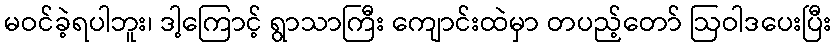
မဝင်ခဲ့ရပါဘူး၊ ဒါ့ကြောင့် ရွာသာကြီး ကျောင်းထဲမှာ တပည့်တော် ဩဝါဒပေးပြီး